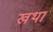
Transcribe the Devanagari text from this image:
खथा